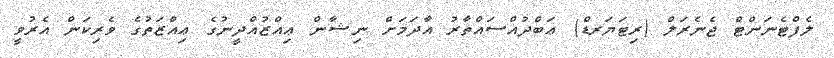
ލެފްޓެނަންޓް ޖެނެރަލް (ރިޓަޔަރޑް) ޢަބްދުއްސައްތާރު އާދަމަށް ނިޝާން ޢިއްޒުއްދީނުގެ ޢިއްޒަތުގެ ވެރިކަން އެރުވީ